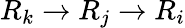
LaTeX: R_{k}\to R_{j}\to R_{i}